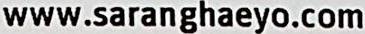
WWW.SARANGHAEYO.COM